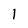
Character: 1